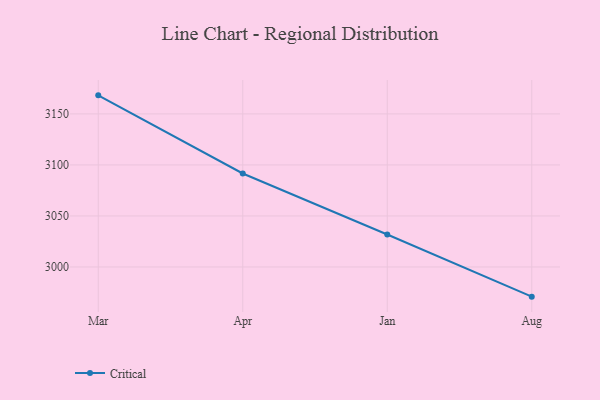
{"axis": {"x": "Month", "y": "Backlog"}, "legend": ["Critical"], "data": [{"x": "Mar", "y": 3168.2, "type": "Critical"}, {"x": "Apr", "y": 3091.6, "type": "Critical"}, {"x": "Jan", "y": 3031.8, "type": "Critical"}, {"x": "Aug", "y": 2970.9, "type": "Critical"}]}